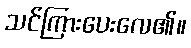
သင်ကြားပေးလေ၏။